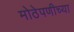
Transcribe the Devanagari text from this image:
मोठेपणीच्या